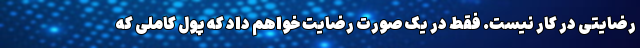
رضایتی در کار نیست. فقط در یک صورت رضایت خواهم داد که پول کاملی که